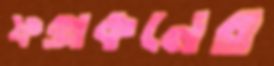
ফক্সকনের